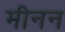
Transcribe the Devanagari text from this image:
मीनन